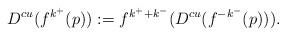
LaTeX: \begin{align*}D^{cu}(f^{k^+}(p)):=f^{k^++k^-}(D^{cu}(f^{-k^-}(p))).\end{align*}